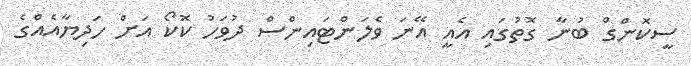
ސީކޮންގް ބުނާ ގޮތުގައި އެއީ އޭނަ ވެލަންޓައިންސް ދުވަހު ކޮކޯ އަށް ހަދިޔާއެއްގެ